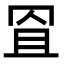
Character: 𦊨